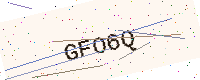
Text: GFO6Q